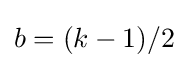
b=(k-1)/2